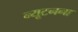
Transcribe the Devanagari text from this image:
न्यूटनना